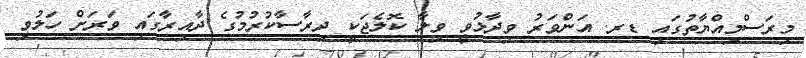
މިރަސްމިއްޔާތުގައި ޑރ. އަންވަރު ވިދާޅުވީ ވިލާ ކޮލެޖަކީ ދިރާސާކުރުމުގެ ދާއިރާގައި ވަރަށް ހަލުވި